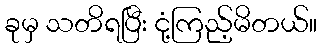
ခုမှ သတိရပြီး ငုံ့ကြည့်မိတယ်။